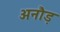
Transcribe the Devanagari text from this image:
अनौड़